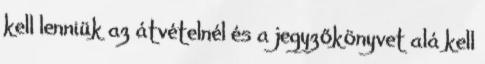
kell lenniük az átvételnél és a jegyzőkönyvet alá kell